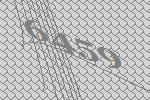
6459